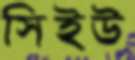
সিইউ